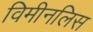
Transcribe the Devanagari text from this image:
विमीनलिस